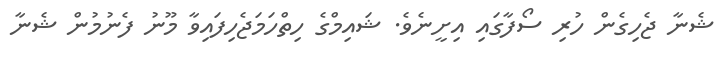
ޝެނާ ޖެހިގެން ހުރި ސޯފާގައި އިށީނެވެ. ޝައިމްގެ ހިތްހަމަޖެހިފައިވާ މޫނު ފެނުމުން ޝެނާ